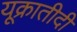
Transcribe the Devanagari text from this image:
यूक्रातीदी